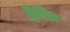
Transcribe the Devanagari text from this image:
ट्रेनिग